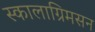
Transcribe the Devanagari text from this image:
स्कालाग्रिमसन